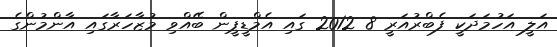
އަލީ އަހުމަދަކީ ފެބްރުއަރީ 8 2012 ގައި އެމްޑީޕީން ބޭއްވި މުޒާހަރާގައި އާންމުންގެ